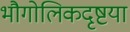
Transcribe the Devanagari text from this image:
भौगोलिकदृष्टया